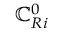
\mathbb { C } _ { R i } ^ { 0 }